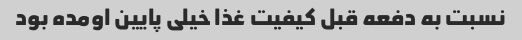
نسبت به دفعه قبل کیفیت غذا خیلی پایین اومده بود